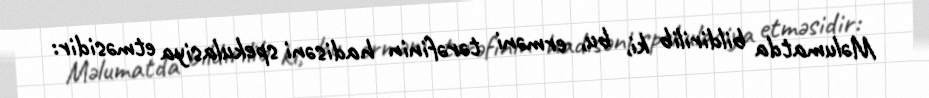
Məlumatda bildirilib ki, bu, erməni tərəfinin hadisəni spekulasiya etməsidir: